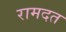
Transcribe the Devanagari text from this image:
रामदत